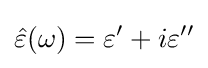
{\hat {\varepsilon }}(\omega )=\varepsilon '+i\varepsilon ''